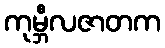
ကုမ္ဘီလဇာတက